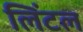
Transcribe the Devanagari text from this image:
लिंटल